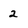
Character: 2